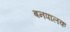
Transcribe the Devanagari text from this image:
बनपालक